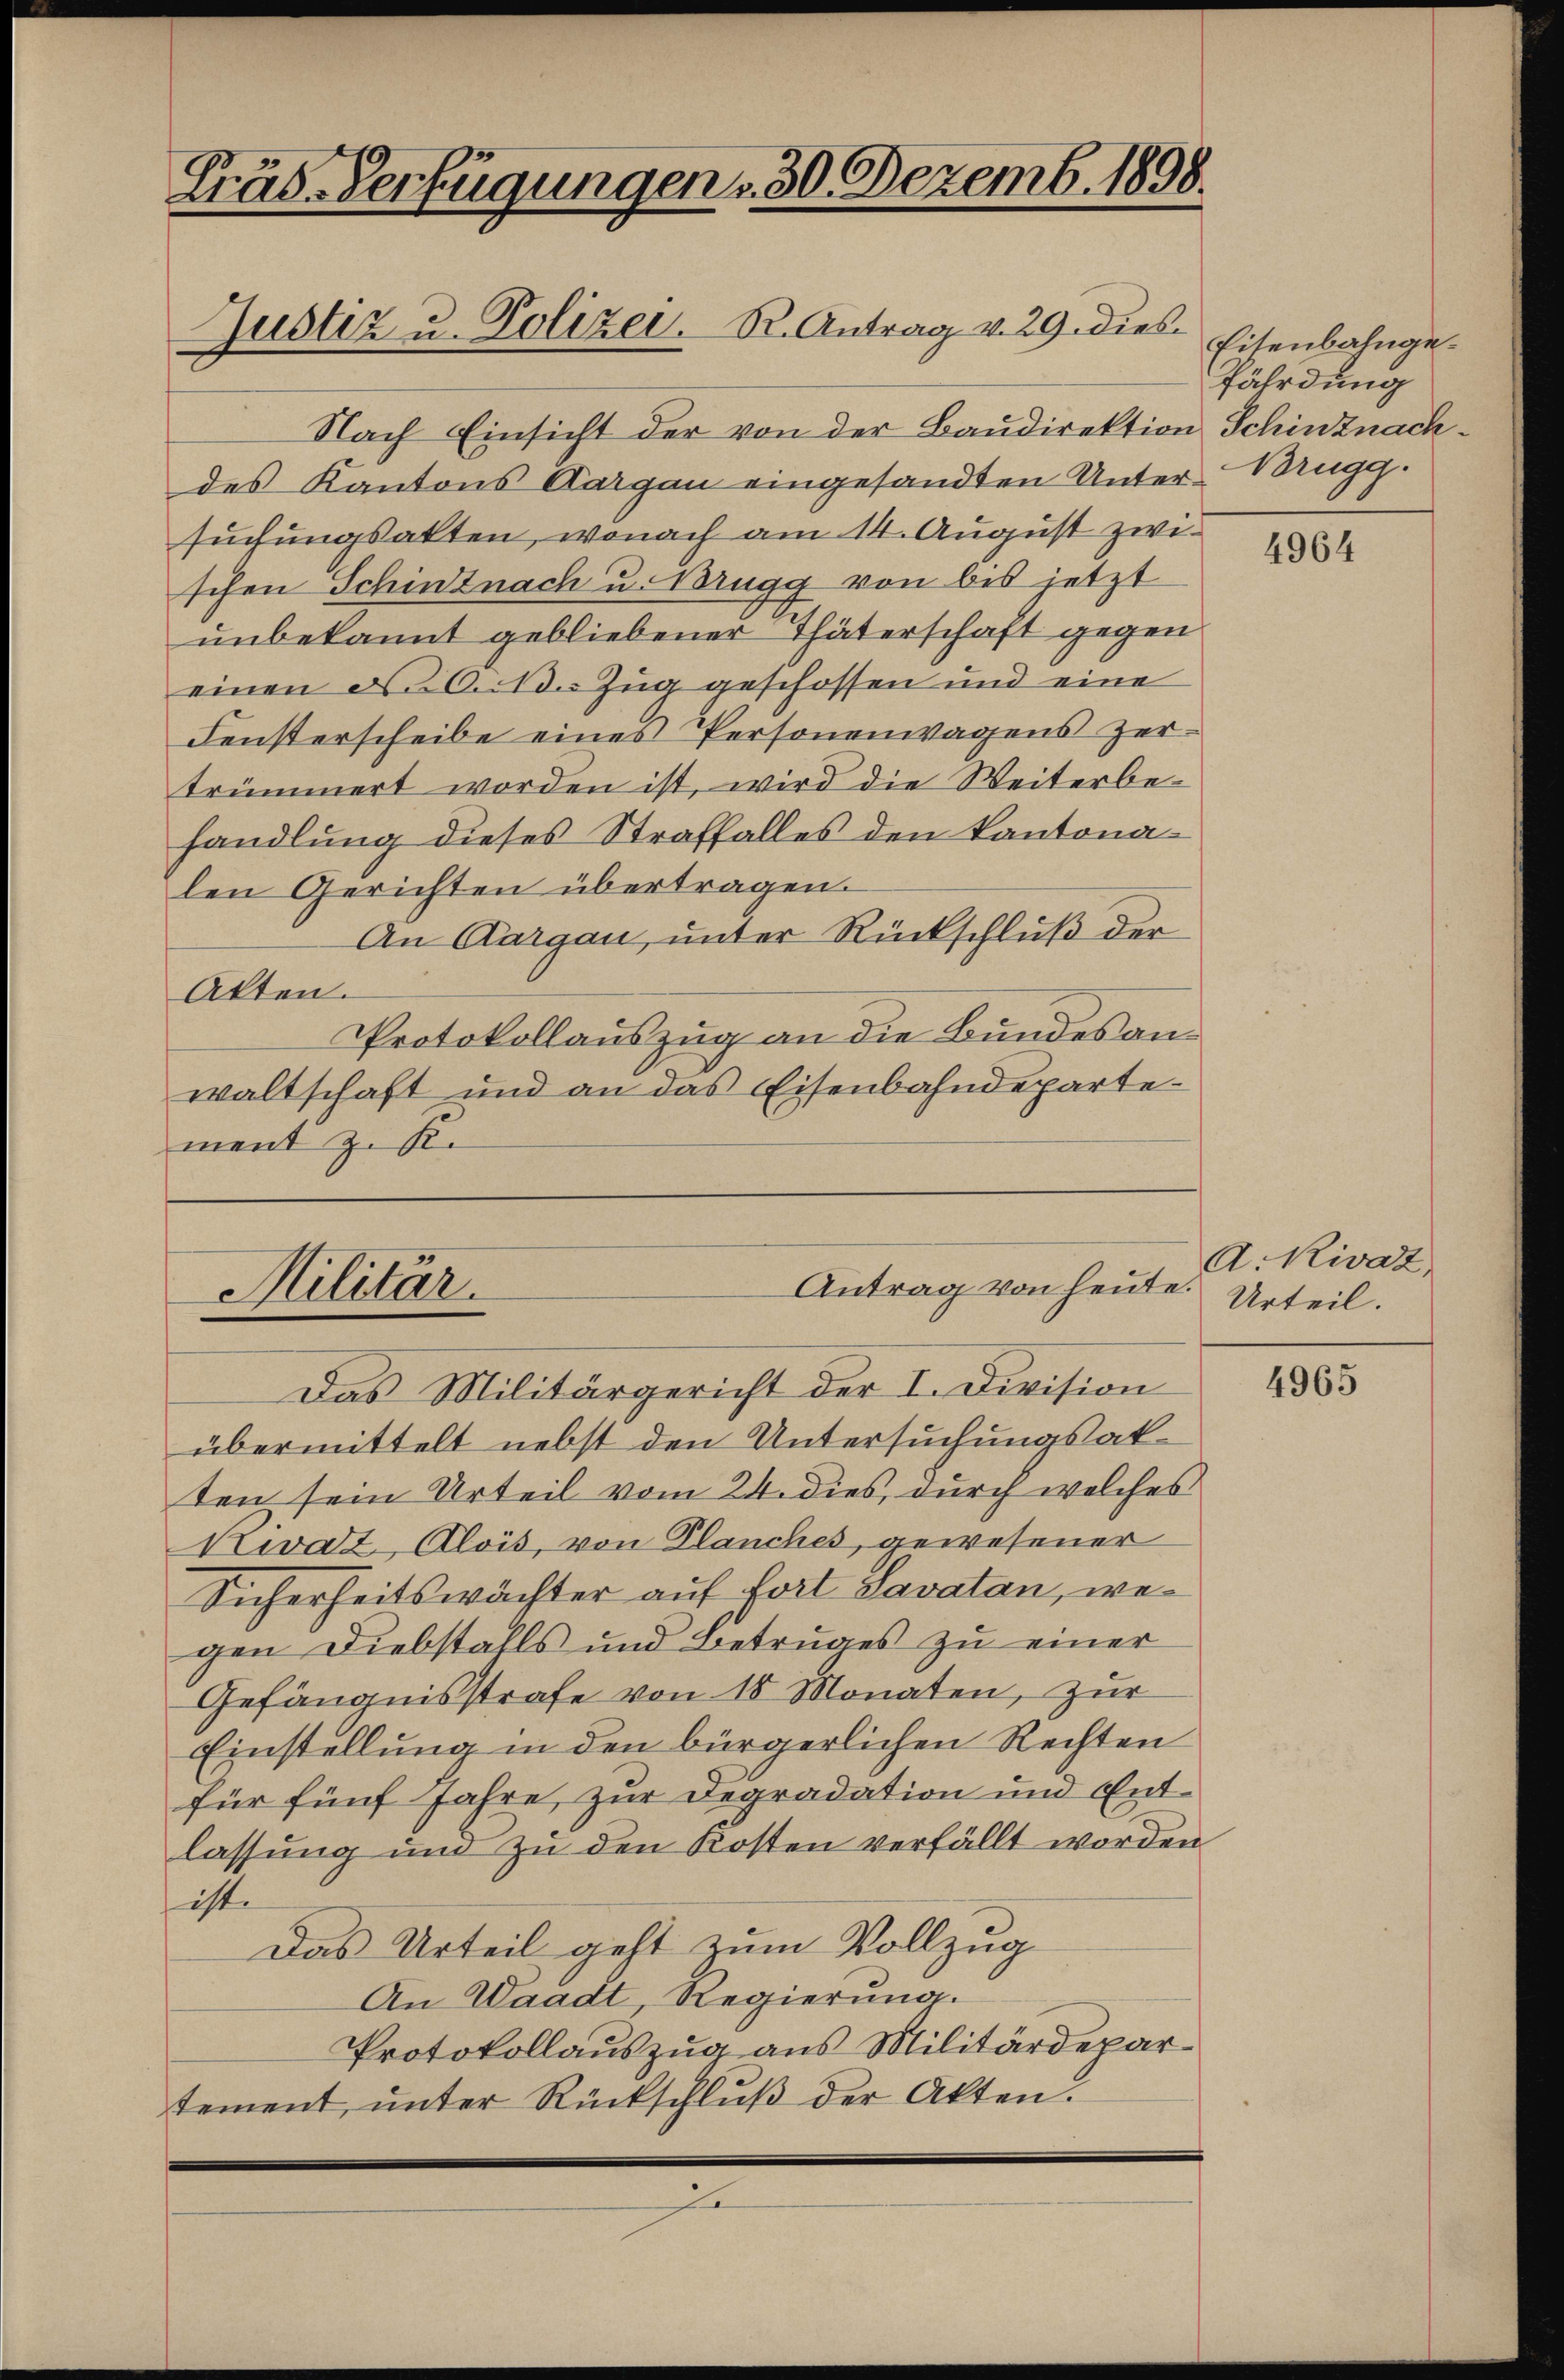
Träs-Verfügungen - 30. Dezemb. 1898.

Nach Einsicht der von der Baudirektion Schinznach
des Kantons Aargau eingesandten Unter-Brugg.
suchungsakten, wonach am 14. August zwischen Schinznach u. Brugg von bis jetzt
unbekannt gebliebener Thäterschaft gegen
einen N. O. Zug geschossen und eine
Fensterscheibe eines Personenwagens zertrümmert worden ist, wird die Weiterbe-
handlung dieses Straffalles den kantonalen Gerichten übertragen.
An Aargau, unter Rückschluß der
Akten.
Protokollauszug an die Bundes anwaltschaft und an das Eisenbahndepartement z. K.

Justiz u. Polizei. R. Antrag v. 29. dies

Antrag von heute
Militär.
Das Militärgericht der I. Division

übermittelt nebst den Untersuchungsakten sein Urteil vom 24. dies, durch welches
Kivaz Alois, von Planches, gewesener
Sicherheitswächter auf Fort Savatan, wegen Diebstalls und Betruges zu einer
Gefängnisstrafe von 18 Monaten, zur
Einstellung in den bürgerlichen Rechten
für fünf Jahre zur Degradation und Entlassung und zu den Kosten verfällt worden
ist.
Das Urteil geht zum Vollzug
An Waadt, Regierung.
Protokollauszug aus Militärdepartement, unter Rückschluß der Akten.

Eisenbahngefährdung

A. Kivaz
.
Urteil.

4964

4965